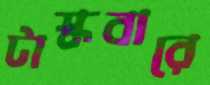
টাস্কবারে